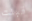
قبلت